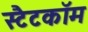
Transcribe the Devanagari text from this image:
स्टैटकॉम